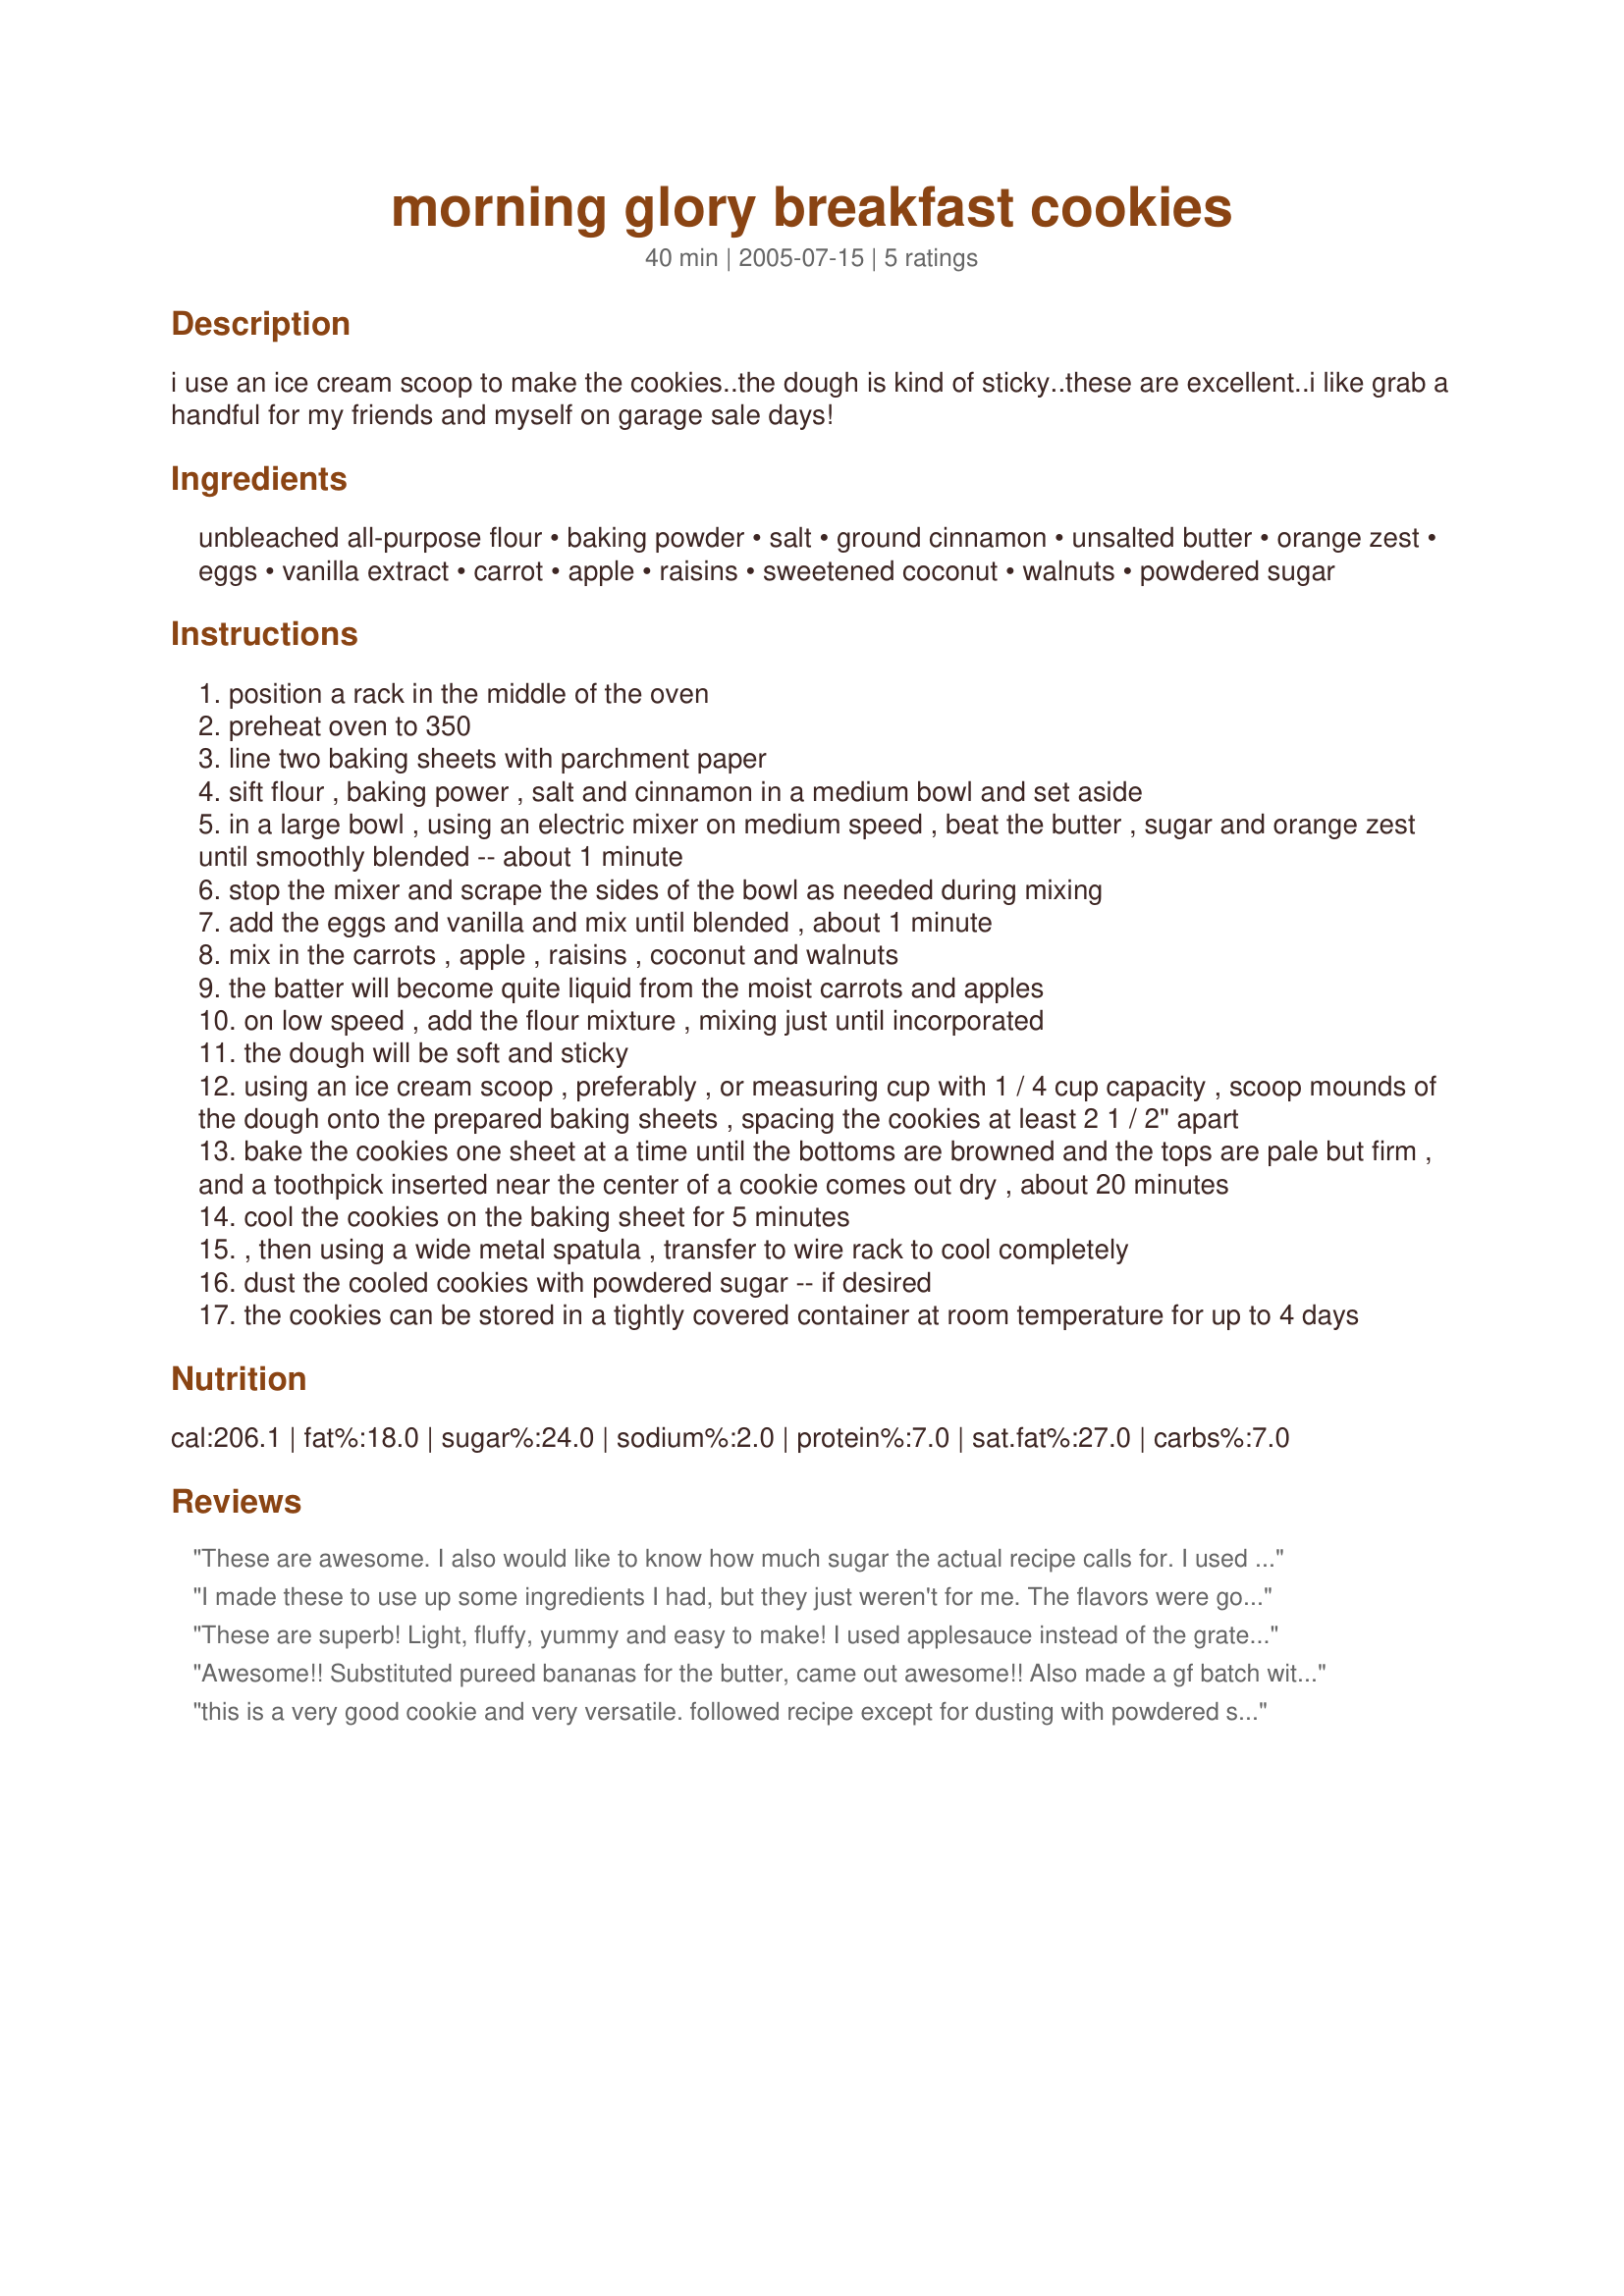
morning glory breakfast cookies
Preparation time: 40 minutes

i use an ice cream scoop to make the cookies..the dough is kind of sticky..these are excellent..i like grab a handful for my friends and myself on garage sale days!

Ingredients:
unbleached all-purpose flour, baking powder, salt, ground cinnamon, unsalted butter, orange zest, eggs, vanilla extract, carrot, apple, raisins, sweetened coconut, walnuts, powdered sugar

Steps:
position a rack in the middle of the oven
preheat oven to 350
line two baking sheets with parchment paper
sift flour , baking power , salt and cinnamon in a medium bowl and set aside
in a large bowl , using an electric mixer on medium speed , beat the butter , sugar and orange zest until smoothly blended -- about 1 minute
stop the mixer and scrape the sides of the bowl as needed during mixing
add the eggs and vanilla and mix until blended , about 1 minute
mix in the carrots , apple , raisins , coconut and walnuts
the batter will become quite liquid from the moist carrots and apples
on low speed , add the flour mixture , mixing just until incorporated
the dough will be soft and sticky
using an ice cream scoop , preferably , or measuring cup with 1 / 4 cup capacity , scoop mounds of the dough onto the prepared baking sheets , spacing the cookies at least 2 1 / 2" apart
bake the cookies one sheet at a time until the bottoms are browned and the tops are pale but firm , and a toothpick inserted near the center of a cookie comes out dry , about 20 minutes
cool the cookies on the baking sheet for 5 minutes
, then using a wide metal spatula , transfer to wire rack to cool completely
dust the cooled cookies with powdered sugar -- if desired
the cookies can be stored in a tightly covered container at room temperature for up to 4 days

Reviews:
These are awesome. I also would like to know how much sugar the actual recipe calls for. I used 1/2c sugar and 1/2 c brown sugar. They turned out great. I also didn't have an apple but I used dried apple bits instead. 
Lisa

I made these to use up some ingredients I had, but they just weren't for me. The flavors were good, but the texture was more like a muffin.
These are superb! Light, fluffy, yummy and easy to make! I used applesauce instead of the grated apple and a jar of carrot baby food in place of the grated carots. I loved the coconut in these, and I'm not usually a big coconut fan. It's just a small amount, so you don't get a huge bite of coconut. I'll probably be making these once or twice a month, if not more! Thanks!
Awesome!! Substituted pureed bananas for the butter, came out awesome!!

Also made a gf batch with pamelas and bananas and they were also awesome
this is a very good cookie and very versatile. followed recipe except for dusting with powdered sugar. the recipe directions state to add sugar (im assuming regular or brown) but didnt specify how much which was no problem; i used 1c brown sugar and they turned out great. will make these again as they have great taste; great soft but not caky texture and have healthful ingredients in them.
